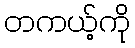
တကယ့်ကို